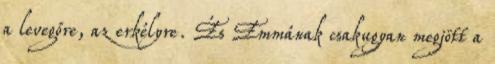
a levegőre, az erkélyre. És Emmának csakugyan megjött a